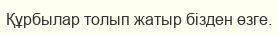
Құрбылар толып жатыр бізден өзге.